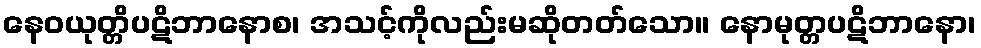
နေဝယုတ္တိပဋိဘာနောစ၊ အသင့်ကိုလည်းမဆိုတတ်သော။ နောမုတ္တပဋိဘာနော၊